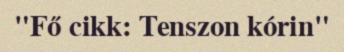
"Fő cikk: Tenszon kórin"